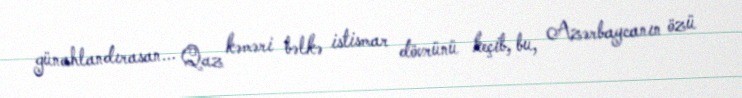
günahlandırasan... Qaz kəməri bəlkə istismar dövrünü keçib, bu, Azərbaycanın özü